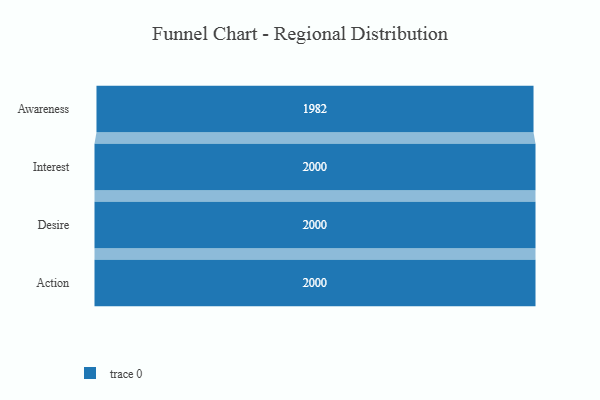
{"axis": {"x": "Stage", "y": "Value"}, "legend": [""], "data": [{"x": "Awareness", "y": 1982.0, "type": ""}, {"x": "Interest", "y": 2000, "type": ""}, {"x": "Desire", "y": 2000, "type": ""}, {"x": "Action", "y": 2000, "type": ""}]}